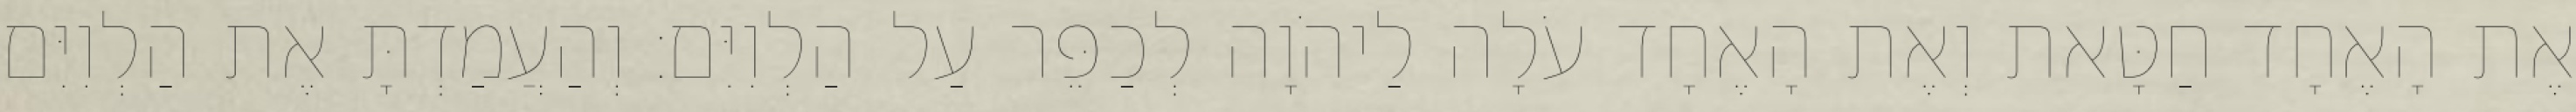
אֶת הָאֶחָד חַטָּאת וְאֶת הָאֶחָד עֹלָה לַיהֹוָה לְכַפֵּר עַל הַלְוִיִּם׃ וְהַעֲמַדְתָּ אֶת הַלְוִיִּם